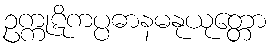
ဥက္ကုဋိကပ္ပဓာနမနုယုတ္တော